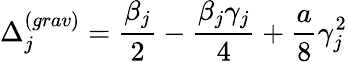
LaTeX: \Delta_{j}^{(grav)}=\frac{\beta_{j}}{2}-\frac{\beta_{j}\gamma_{j}}{4}+\frac{a}{8}\gamma_{j}^{2}